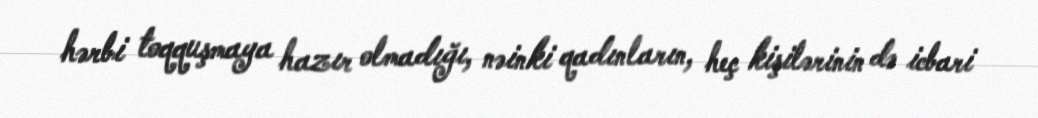
hərbi toqquşmaya hazır olmadığı, nəinki qadınların, heç kişilərinin də icbari